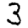
Digit: 3